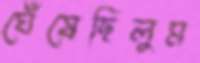
ঘেঁষেছিলুম